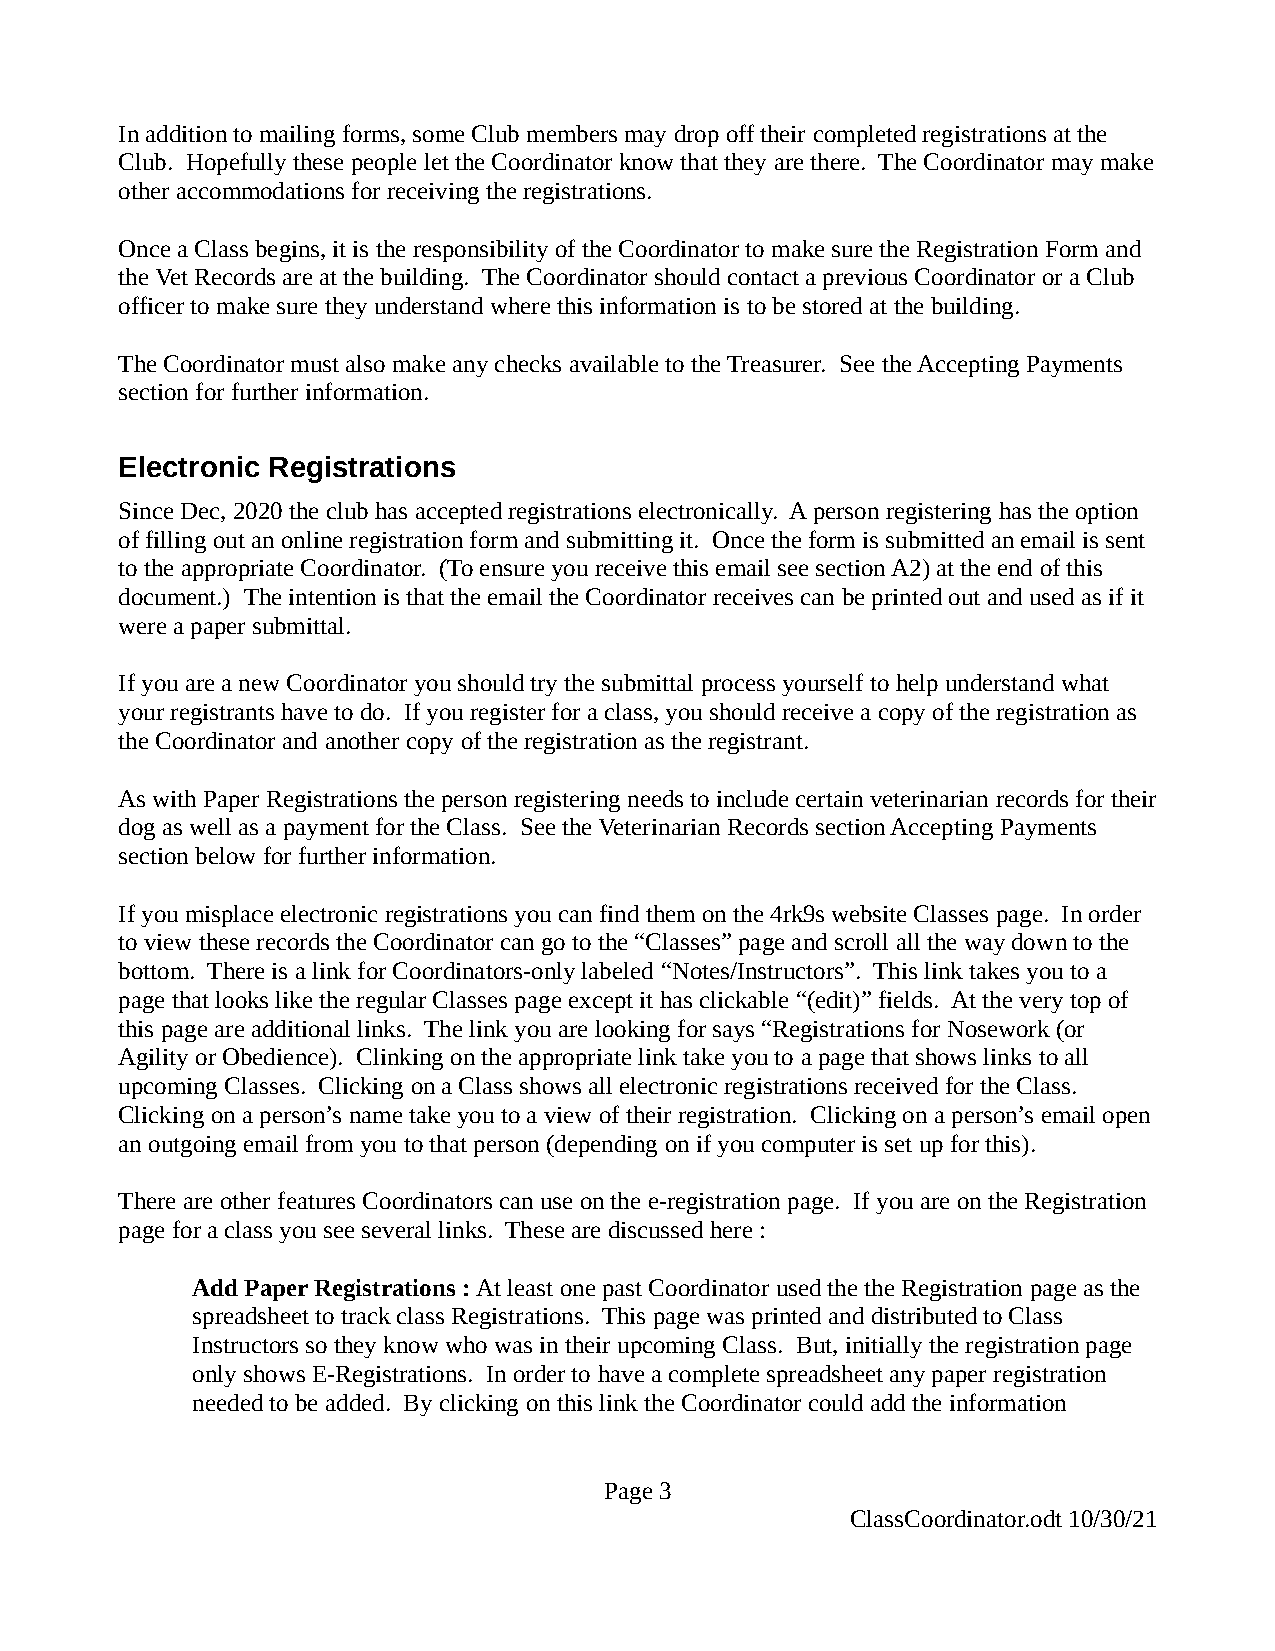
In addition to mailing forms, some Club members may drop off their completed registrations at the
 Club. Hopefully these people let the Coordinator know that they are there. The Coordinator may make
 other accommodations for receiving the registrations.
 Once a Class begins, it is the responsibility of the Coordinator to make sure the Registration Form and
 the Vet Records are at the building. The Coordinator should contact a previous Coordinator or a Club
 officer to make sure they understand where this information is to be stored at the building.
 The Coordinator must also make any checks available to the Treasurer. See the Accepting Payments
 section for further information.
 Electronic Registrations
 Since Dec, 2020 the club has accepted registrations electronically. A person registering has the option
 of filling out an online registration form and submitting it. Once the form is submitted an email is sent
 to the appropriate Coordinator. (To ensure you receive this email see section A2) at the end of this
 document.) The intention is that the email the Coordinator receives can be printed out and used as if it
 were a paper submittal.
 If you are a new Coordinator you should try the submittal process yourself to help understand what
 your registrants have to do. If you register for a class, you should receive a copy of the registration as
 the Coordinator and another copy of the registration as the registrant.
 As with Paper Registrations the person registering needs to include certain veterinarian records for their
 dog as well as a payment for the Class. See the Veterinarian Records section Accepting Payments
 section below for further information.
 If you misplace electronic registrations you can find them on the 4rk9s website Classes page. In order
 to view these records the Coordinator can go to the “Classes” page and scroll all the way down to the
 bottom. There is a link for Coordinators-only labeled “Notes/Instructors”. This link takes you to a
 page that looks like the regular Classes page except it has clickable “(edit)” fields. At the very top of
 this page are additional links. The link you are looking for says “Registrations for Nosework (or
 Agility or Obedience). Clinking on the appropriate link take you to a page that shows links to all
 upcoming Classes. Clicking on a Class shows all electronic registrations received for the Class.
 Clicking on a person’s name take you to a view of their registration. Clicking on a person’s email open
 an outgoing email from you to that person (depending on if you computer is set up for this).
 There are other features Coordinators can use on the e-registration page. If you are on the Registration
 page for a class you see several links. These are discussed here :
 Add Paper Registrations : At least one past Coordinator used the the Registration page as the
 spreadsheet to track class Registrations. This page was printed and distributed to Class
 Instructors so they know who was in their upcoming Class. But, initially the registration page
 only shows E-Registrations. In order to have a complete spreadsheet any paper registration
 needed to be added. By clicking on this link the Coordinator could add the information
 Page 3
 ClassCoordinator.odt 10/30/21